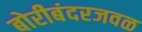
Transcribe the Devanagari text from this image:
बोरीबंदरजवळ